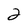
Character: 2